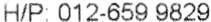
H/P: 012-659 9829